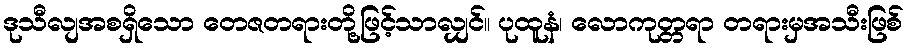
ဒုသီလျအစရှိသော တေဇတရားတို့ဖြင့်သာလျှင်။ ပုထူနံ၊ လောကုတ္တရာ တရားမှအသီးဖြစ်